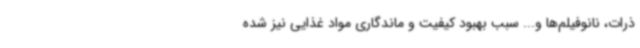
ذرات، نانوفیلم‌ها و... سبب بهبود کیفیت و ماندگاری مواد غذایی نیز شده